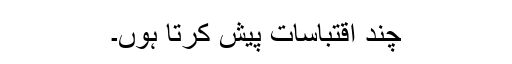
چند اقتباسات پیش کرتا ہوں۔